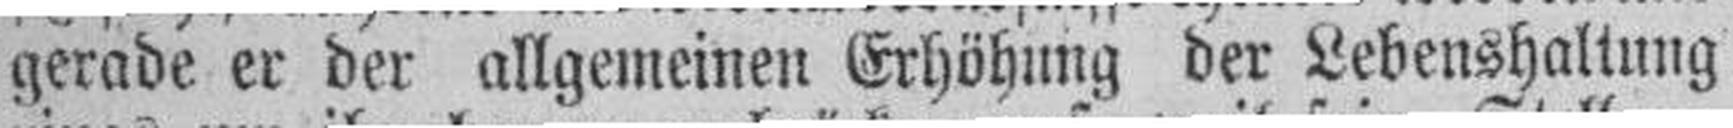
gerade er der allgemeinen Erhöhung der Lebenshaliung